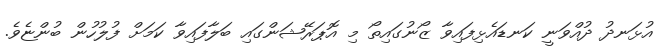
އުޅަނދު ދުއްވަނީ ކަނޑައެޅިފައިވާ ޒޯނުގައިތޯ މި އޮޕަރޭޝަންގައި ބަލާފައިވާ ކަމަށް ފުލުހުން ބުންޏެވެ.